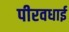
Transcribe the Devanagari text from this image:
पीरवधाई